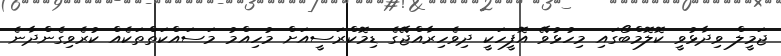
ޖަމީލް ވިދާޅުވީ ކޮލޮމްބޯގައި މިހުޅުވޭ އޮފީހަކީ ދިވެހިރާއްޖޭގެ ޑިމޮކްރަސީއަށް މުހިއްމު މަސައްކަތްތަކެއް ކުރެވިގެންދާނެ